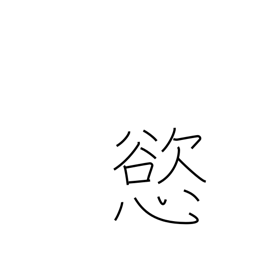
Meaning: greed